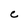
Character: C